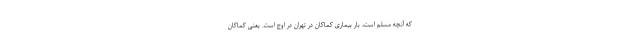
که آنچه مسلم است، بار بیماری کماکان در تهران در اوج است. یعنی کماکان